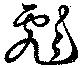
彪